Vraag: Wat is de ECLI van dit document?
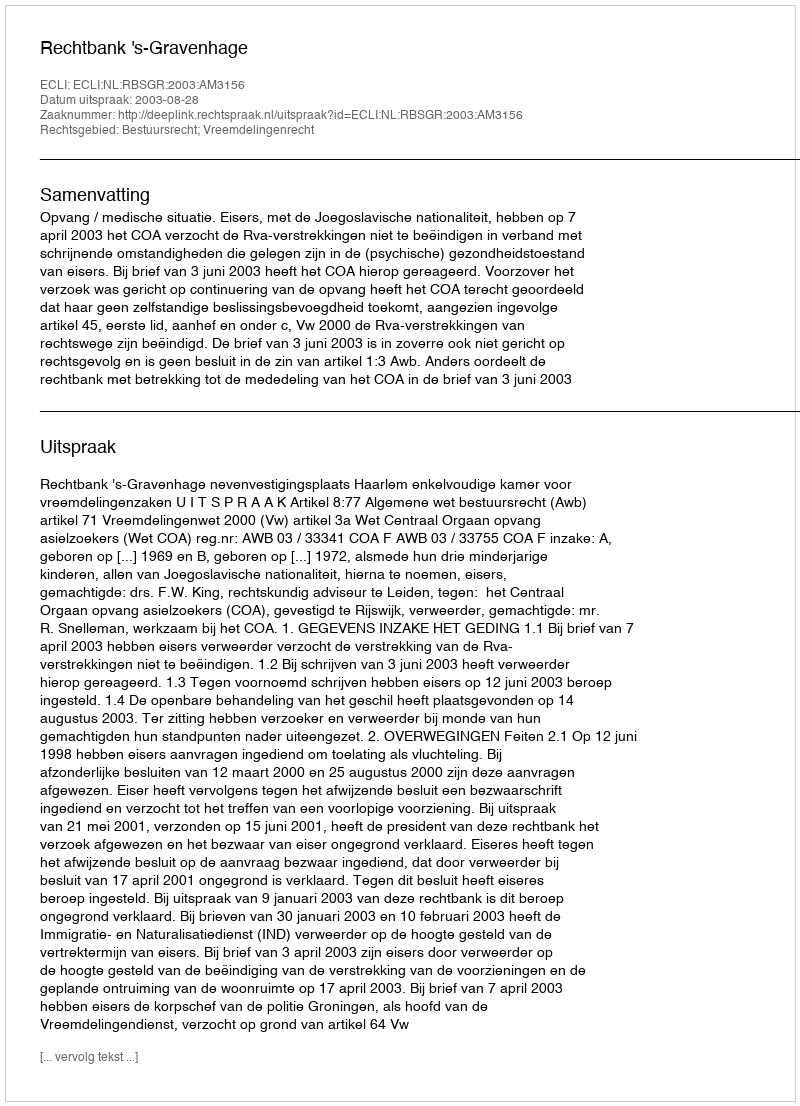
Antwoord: ECLI:NL:RBSGR:2003:AM3156